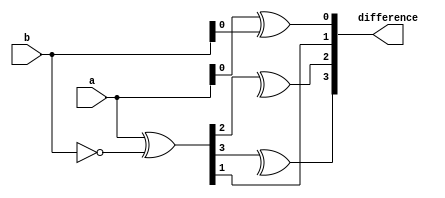
module gate_level_subtractor(
  input wire [3:0] a,
  input wire [3:0] b,
  output wire [3:0] difference
);

wire [3:0] borrow;
wire [3:0] not_b = ~b;
wire [3:0] xor_result;
wire [3:0] borrow_new;

assign borrow[0] = 0;
assign xor_result = a ^ not_b;
assign borrow_new = xor_result & b;

assign difference[0] = a[0] ^ b[0];
assign difference[1] = xor_result[1] ^ borrow[0];
assign difference[2] = xor_result[2] ^ borrow[1];
assign difference[3] = xor_result[3] ^ borrow[2];

endmodule